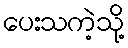
ပေးသကဲ့သို့